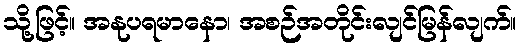
သို့ဖြင့်။ အနုပရမာနော၊ အစဉ်အတိုင်းလျင်မြန်လျက်။